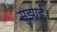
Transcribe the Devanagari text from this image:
सुझाई।